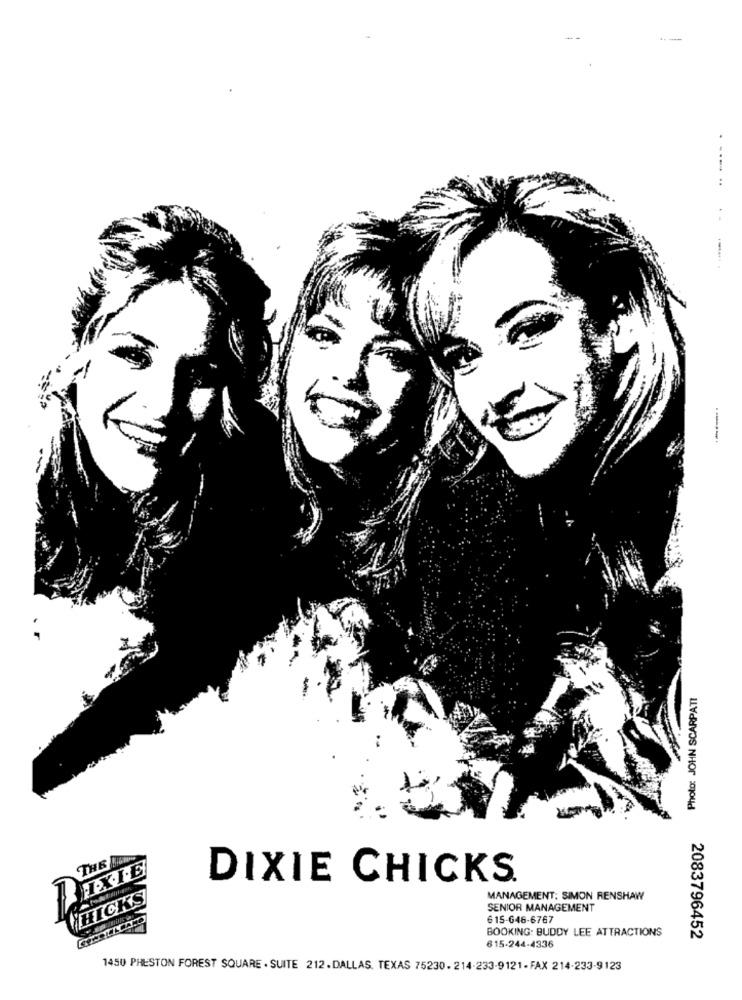
.......
----
Photo: JOHN SCARPATI
THE BIGN
DIXIE CHICKS
HICKS
MANAGEMENT: SIMON RENSHAW
SENIOR MANAGEMENT
615-646-6767
BOOKING: BUDDY LEE ATTRACTIONS
2083796452
615-244-4336
1450 PHESTON FOREST SQUARE . SUITE 212.DALLAS, TEXAS 75230. 214-233-9121- FAX 214-233-9123